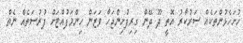
ހުށަހެޅުންތަކެއް ސަރުކާރު އޮތީ ދޫ ދޭން ގިރިފުށިންޖަހާ ވަޒަން ހިންމަފުއްޓަށް ފުރުސަތެއް ނެތް